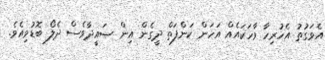
އެވަގުތު އެހުރިހާ ވާހަކައެއް އަހަން ކަންފަތް ދީގެން އިން ޞައީދާވެސް ދެލޯ ބޮޑުވިއެވެ.